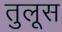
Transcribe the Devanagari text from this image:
तुलूस